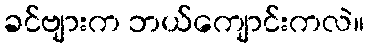
ခင်ဗျားက ဘယ်ကျောင်းကလဲ။